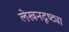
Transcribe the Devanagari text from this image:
लेखनदृष्ट्या